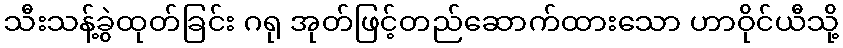
သီးသန့်ခွဲထုတ်ခြင်း ဂရု အုတ်ဖြင့်တည်ဆောက်ထားသော ဟာဝိုင်ယီသို့